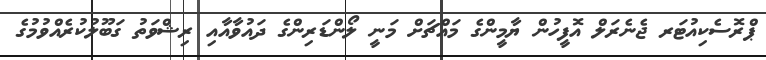
ޕްރޮސެކިއުޓަރ ޖެނެރަލް އޮފީހުން ޔާމީންގެ މައްޗަށް މަނީ ލޯންޑަރިންގެ ދައުވާއާއި ރިޝްވަތު ގަބޫލުކުރެއްވުމުގެ